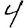
Digit: 4